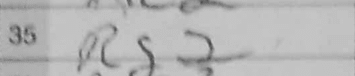
Transcription: Rg2